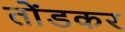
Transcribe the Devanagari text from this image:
तोंडकर